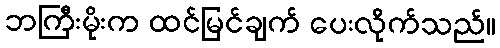
ဘကြီးမိုးက ထင်မြင်ချက် ပေးလိုက်သည်။